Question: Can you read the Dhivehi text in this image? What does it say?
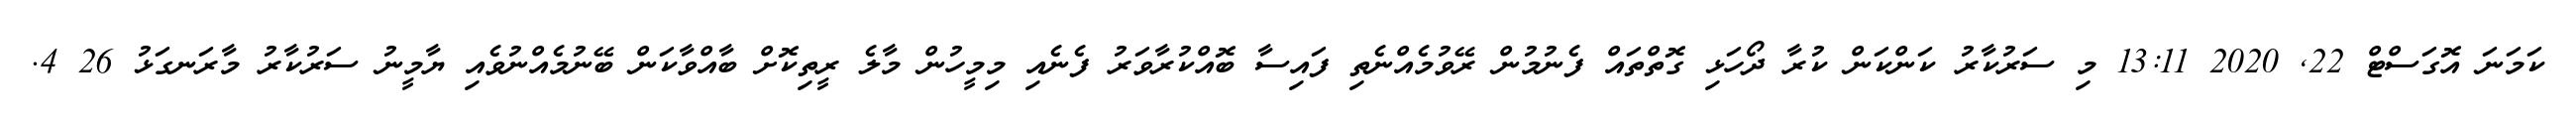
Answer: ކަމަނަ އޮގަސްޓް 22, 2020 13:11 މި ސަރުކާރު ކަންކަން ކުރާ ދޯހަޅި ގޮތްތައް ފެނުމުން ރޭވުމެއްނެތި ފައިސާ ބޮއްކުރާވަރު ފެނެއި މިމީހުން މާލެ ރީތިކޮށް ބާއްވާކަން ބޭނުމެއްނުވެއި ޔާމީނު ސަރުކާރު މާރަނގަޅު 26 4.